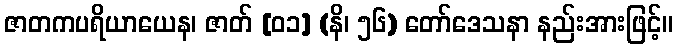
ဇာတကပရိယာယေန၊ ဇာတ် [၀၁] (နိ၊ ၅၆) တော်ဒေသနာ နည်းအားဖြင့်။